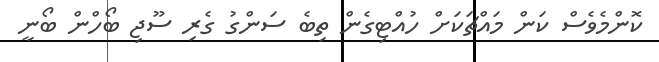
ކޮންމެވެސް ކަން މައްޗަކަށް ހުއްޓިގެން ތިބެ ސަންގު ގެރި ސޫޖި ބޯހްން ބޯނީ